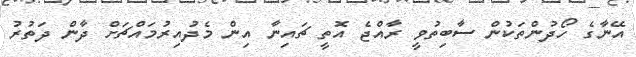
އޭނާގެ ހޯދުންތަކުން ސާބިތުވީ ރާއްޖެ އޮތީ ޗައިނާ އިން މެދުއިރުމައްޗަށް ދާން ދަތުރު